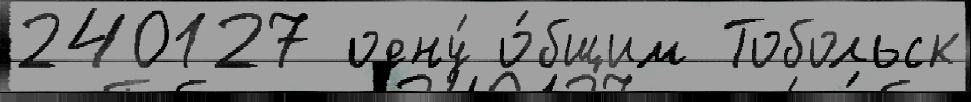
240127 одну́ о́бщим Тобольск